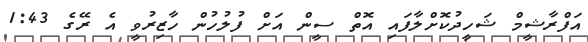
އަފްރާޝީމް ޝަހީދުކޮށްލާފައި އޮތް ސީން އަށް ފުލުހުން ހާޒިރުވީ އެ ރޭގެ 1:43